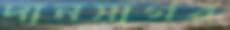
দানসাগর